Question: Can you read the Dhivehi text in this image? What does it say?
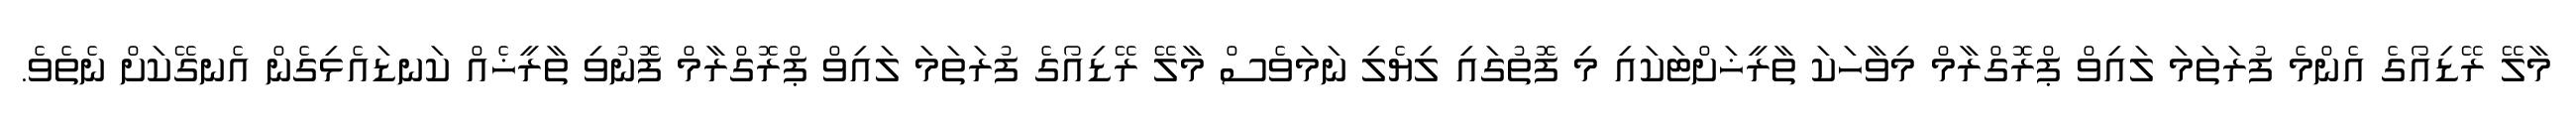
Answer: މާލޭ ރޭޑިއޯގެ އެންމެ ފުރަތަމަ ލައިވް ޕްރޮގްރާމް މިވާހަކަ ތާރީޚަށްޓަކައި މި ފޮތުގައި ލިޔެލި ނަމަވެސް މާލޭ ރޭޑިއޯގެ ފުރަތަމަ ލައިވް ޕްރޮގްރާމް ފޮނުވި ތާރީޚެއް ކަނޑައެޅިގެން އެނގޭކަށް ނެތެވެ.